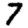
Digit: 7